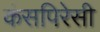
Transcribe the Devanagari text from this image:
कंसपिरेसी